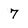
Character: 7